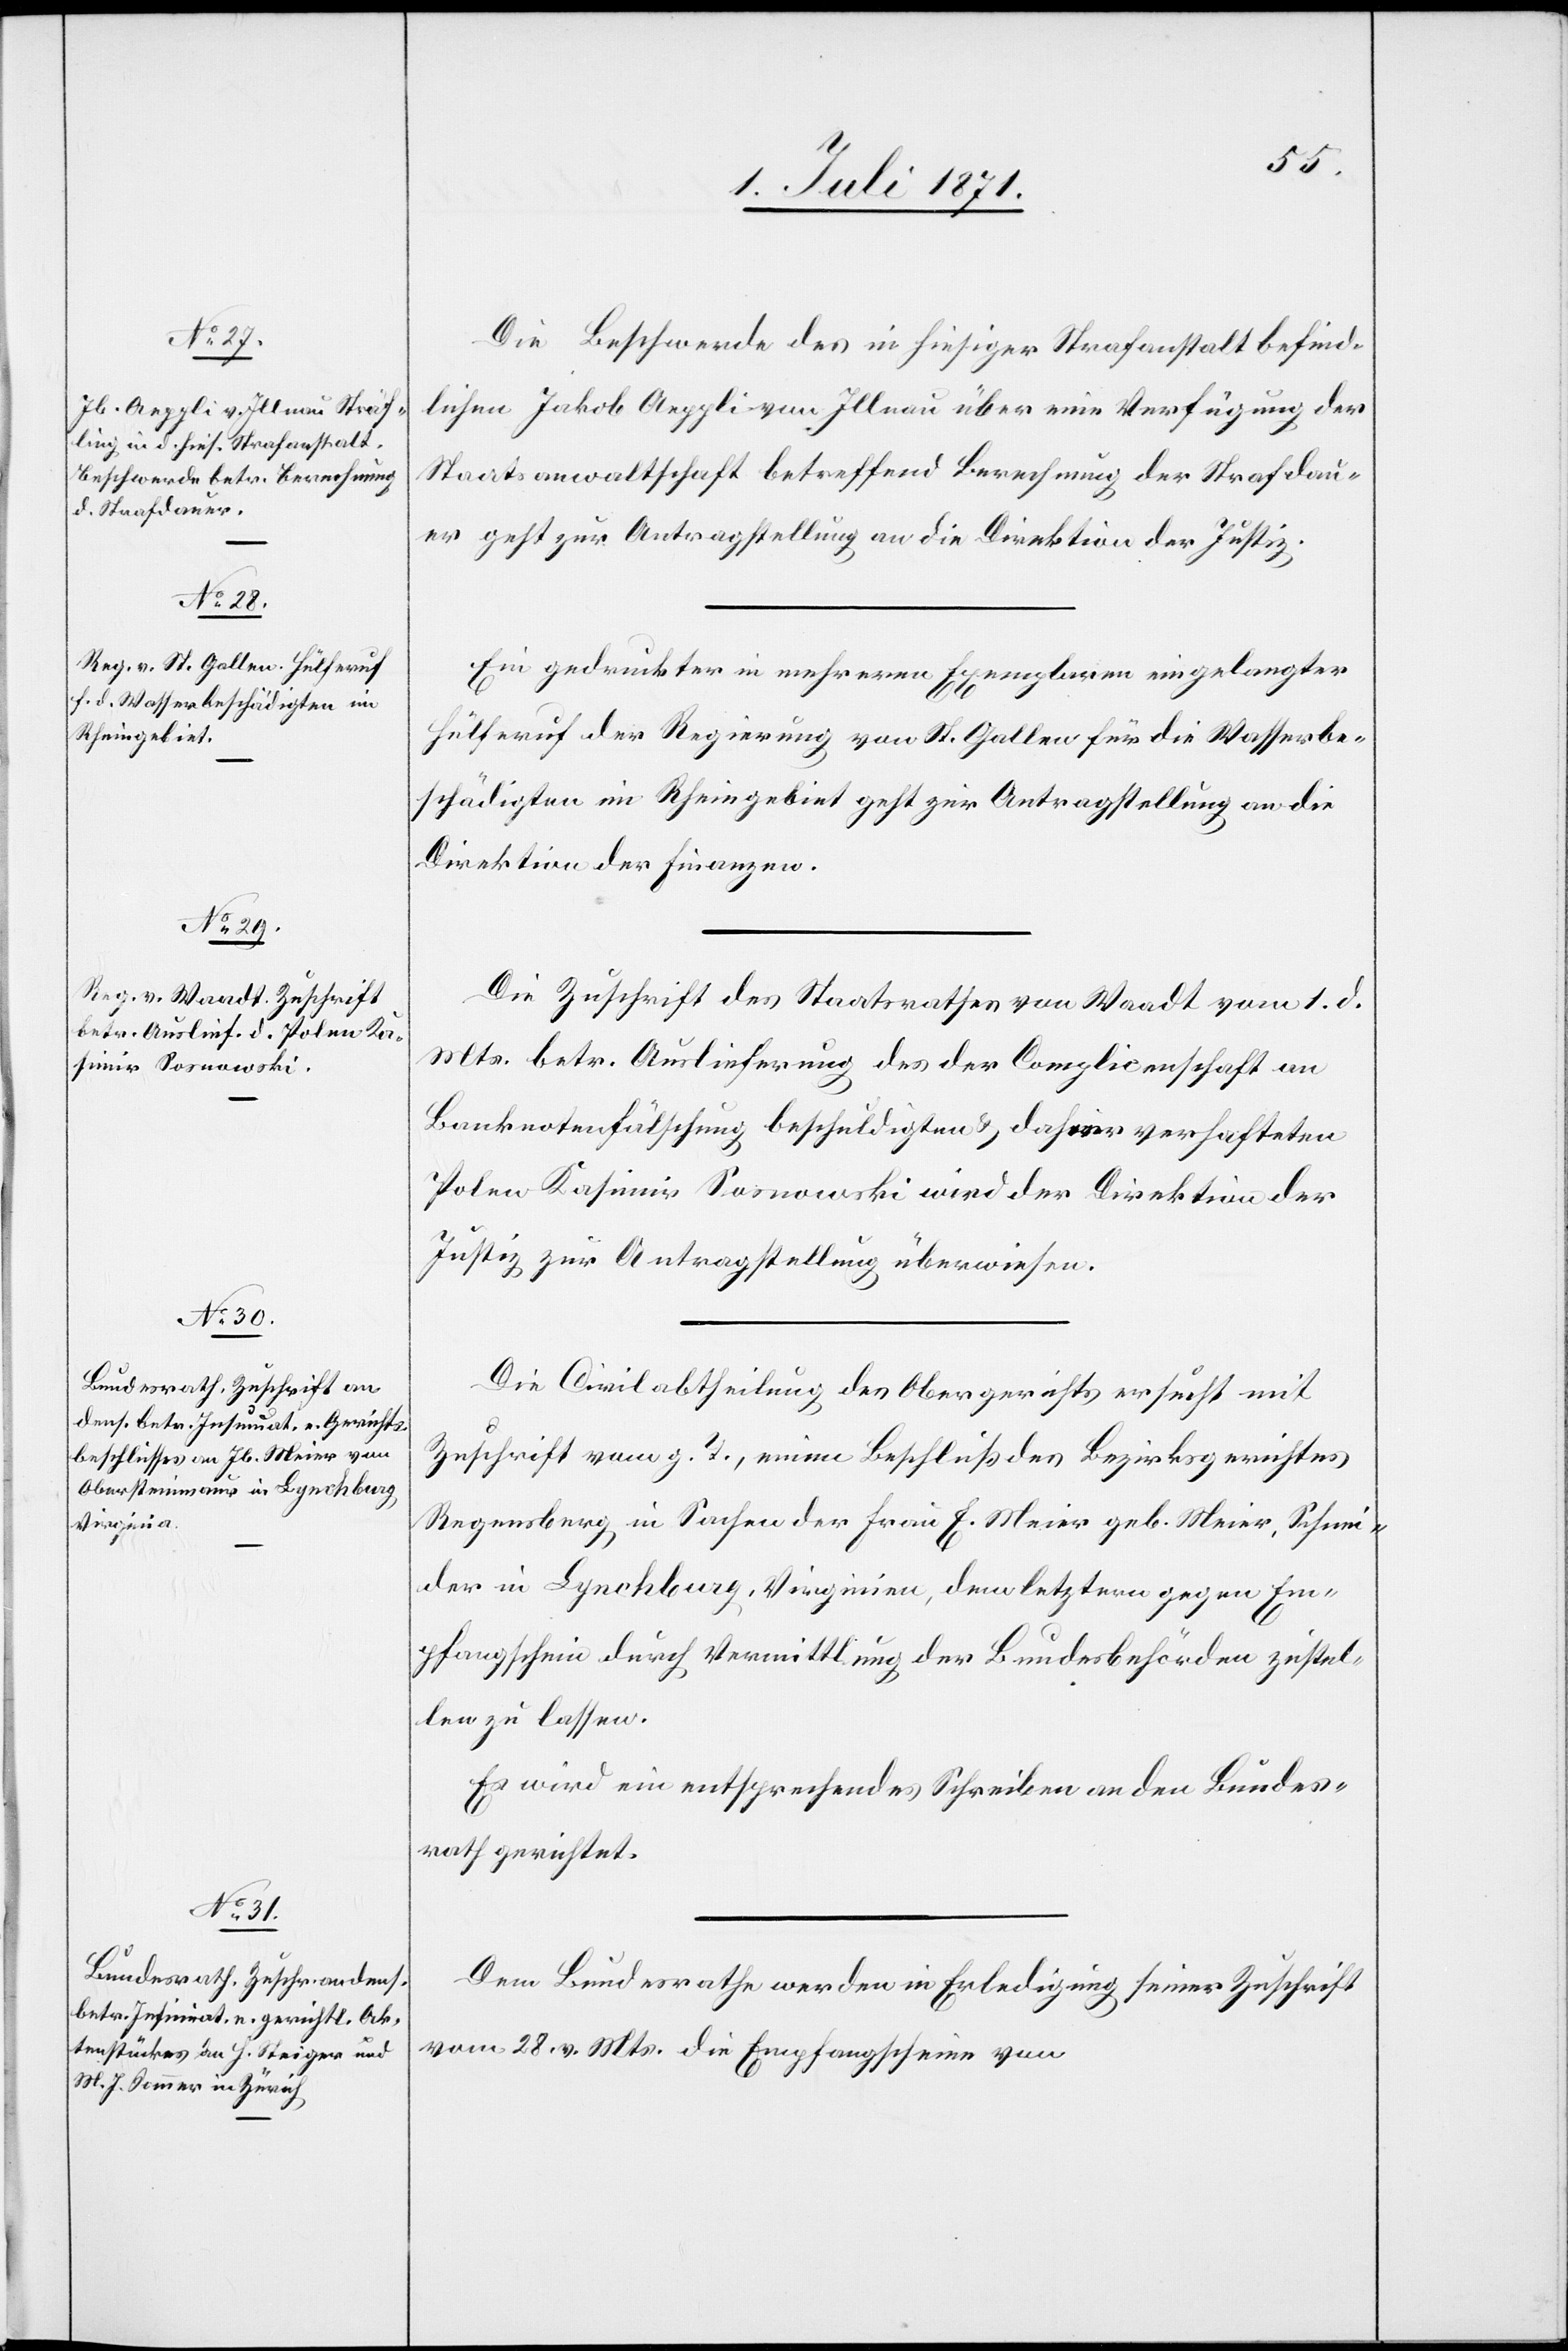
4. Juli 1871.]
Die Beschwerde des in hiesiger Strafanstalt befind¬
lichen Jakob Aeppli von Illnau über eine Verfügung der
Staatsanwaltschaft betreffend Berechnung der Strafdau¬
er geht zur Antragstellung an die Direktion der Justiz.
Ein gedruckter in mehreren Exemplaren eingelangter
Hülferuf der Regierung von St. Gallen für die Wasserbe¬
schädigten im Rheingebiet geht zur Antragstellung an die
Direktion der Finanzen.
Die Zuschrift des Staatsrathes von Waadt vom 1. d.
Mts. betr. Auslieferung des der Complicenschaft an
Banknotenfälschung beschuldigten u. dahier verhafteten
Polen Kasimir Sosnowski wird der Direktion der
Justiz zur Antragstellung überwiesen.
Die Civilabtheilung des Obergerichts ersucht mit
Zuschrift vom g. T., einem Beschluß des Bezirksgerichtes
Regensberg in Sachen der Frau E. Meier geb. Meier, Schnei¬
der in Lynchburg, Virginien, dem letztern gegen Em¬
pfangschein durch Vermittlung der Bundesbehörden zustel¬
len zu lassen.
Es wird ein entsprechendes Schreiben an den Bundes¬
rath gerichtet.
Dem Bundesrathe werden in Erledigung seiner Zuschrift
vom 28. v. Mts. die Empfangscheine von